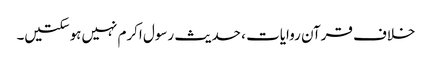
خلاف قرآن روایات ، حدیث رسول اکرم نہیں‌ہوسکتیں۔